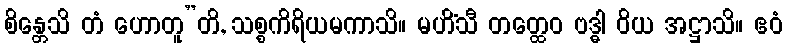
စိန္တေသိ တံ ဟောတူ”တိ, သစ္စကိရိယမကာသိ။ မဟိံသီ တတ္ထေဝ ဗဒ္ဓါ ဝိယ အဋ္ဌာသိ။ ဧဝံ